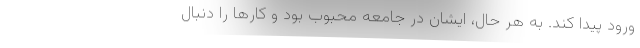
ورود پیدا کند. به هر حال، ایشان در جامعه محبوب بود و کارها را دنبال